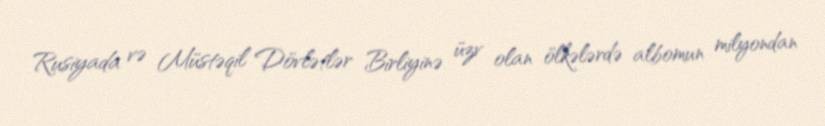
Rusiyada və Müstəqil Dövlətlər Birliyinə üzv olan ölkələrdə albomun milyondan